Malarial fevers
Disease focus: Malaria
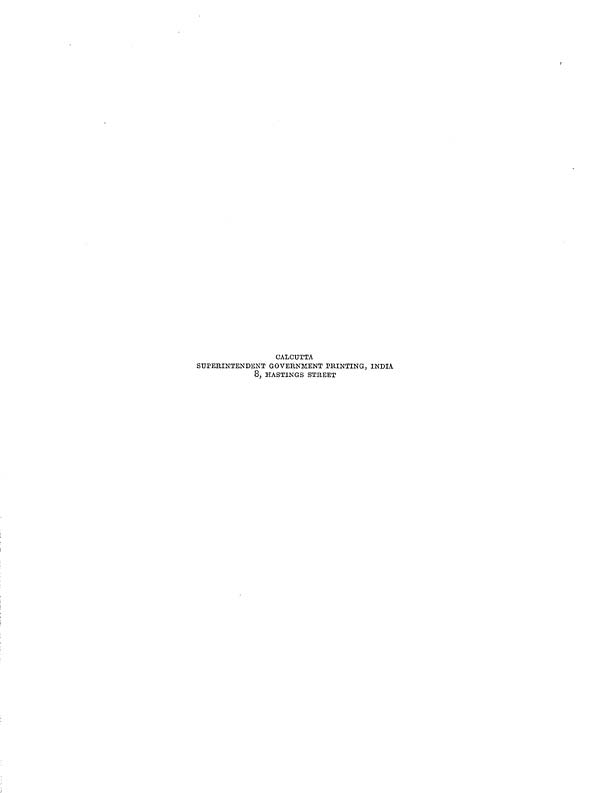
CALCUTTA
SUPERINTENDENT GOVERNMENT PRINTING, INDIA
8, HASTINGS STREET